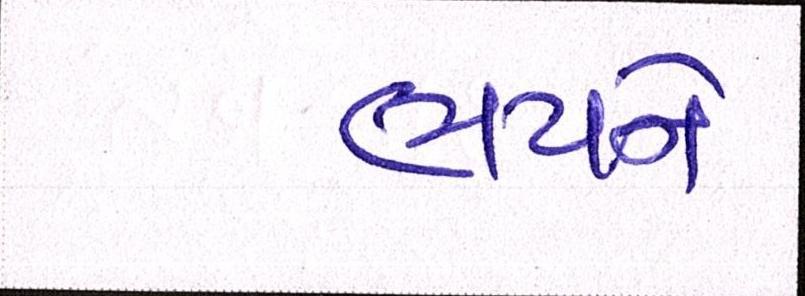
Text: ભયને